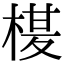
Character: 𭪶